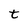
Character: t